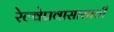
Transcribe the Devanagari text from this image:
रेल्वेप्रवासासाठी